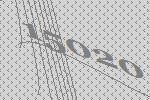
15020